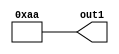
module ASG_NR_LMSB (out1);
   output [7:0] out1;
   assign out1 = 9'b110101010;
endmodule